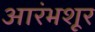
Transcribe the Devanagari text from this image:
आरंभशूर